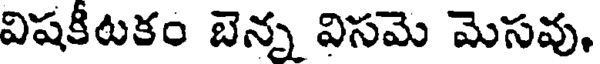
విషకీటకం బెన్న విసమె మెసవు.